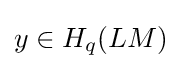
y\in H_{q}(LM)